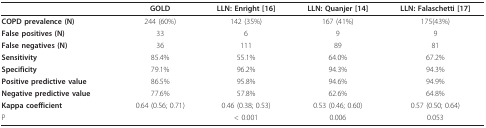
|  | GOLD | LLN: Enright [16] | LLN: Quanjer [14] | LLN: Falaschetti [17] |
 | --- | --- | --- | --- | --- |
 | COPD prevalence (N) | 244 (60%) | 142 (35%) | 167 (41%) | 175(43%) |
 | False positives (N) | 33 | 6 | 9 | 9 |
 | False negatives (N) | 36 | 111 | 89 | 81 |
 | Sensitivity | 85.4% | 55.1% | 64.0% | 67.2% |
 | Specificity | 79.1% | 96.2% | 94.3% | 94.3% |
 | Positive predictive value | 86.5% | 95.8% | 94.6% | 94.9% |
 | Negative predictive value | 77.6% | 57.8% | 62.6% | 64.8% |
 | Kappa coefficient | 0.64 (0.56; 0.71) | 0.46 (0.38; 0.53) | 0.53 (0.46; 0.60) | 0.57 (0.50; 0.64) |
 | P |  | < 0.001 | 0.006 | 0.053 |